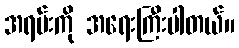
အရမ်းကို အရေးကြီးပါတယ်။